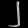
Digit: ၂